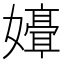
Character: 𫲒